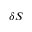
\delta S